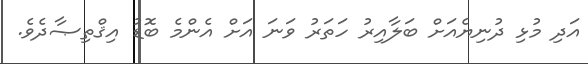
އަދި މުޅި ދުނިޔެއަށް ބަލާއިރު ހަތަރު ވަނަ އަށް އެންމެ ބޮޑު އިޤްތިޞާދެވެ.